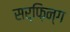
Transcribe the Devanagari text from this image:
सर्फ़िन्ग